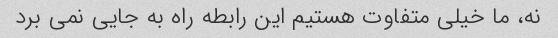
نه، ما خیلی متفاوت هستیم این رابطه راه به جایی نمی برد